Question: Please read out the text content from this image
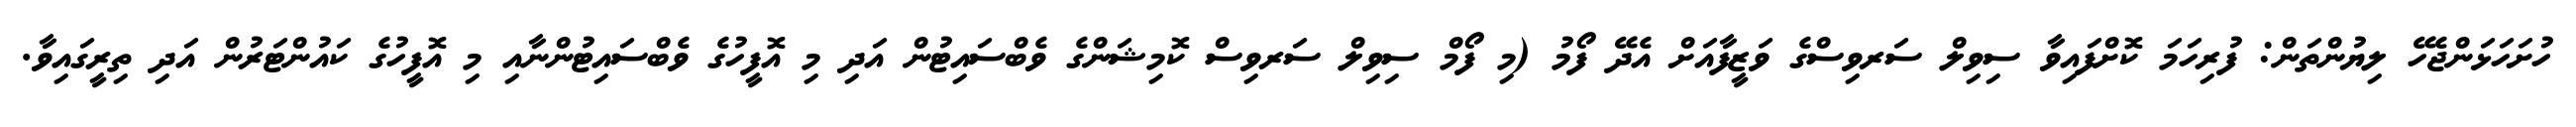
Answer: ހުށަހަޅަންޖެހޭ ލިޔުންތަން: ފުރިހަމަ ކޮށްފައިވާ ސިވިލް ސަރވިސްގެ ވަޒީފާއަށް އެދޭ ފޯމު (މި ފޯމް ސިވިލް ސަރވިސް ކޮމިޝަންގެ ވެބްސައިޓުން އަދި މި އޮފީހުގެ ވެބްސައިޓުންނާއި މި އޮފީހުގެ ކައުންޓަރުން އަދި ތިރީގައިވާ.